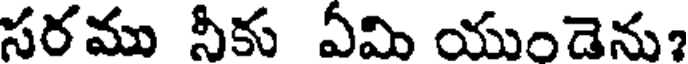
సరము నీకు ఏమి యుండెను?